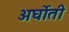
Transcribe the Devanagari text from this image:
अर्घोती